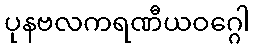
ပုနဗလကရဏီယဝဂ္ဂေါ